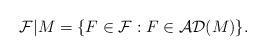
LaTeX: \begin{align*}\mathcal{F}|M=\{F\in\mathcal{F}:F\in\mathcal{AD}(M)\}.\end{align*}